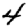
Digit: 4